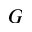
G